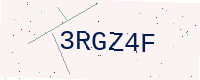
Text: 3RGZ4F